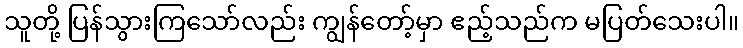
သူတို့ ပြန်သွားကြသော်လည်း ကျွန်တော့်မှာ ဧည့်သည်က မပြတ်သေးပါ။